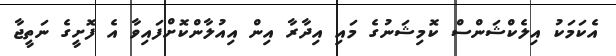
އެކަމަކު އިލެކްޝަންސް ކޮމިޝަނުގެ މައި އިދާރާ އިން އިއުލާންކޮށްފައިވާ އެ ފޮށީގެ ނަތީޖާ